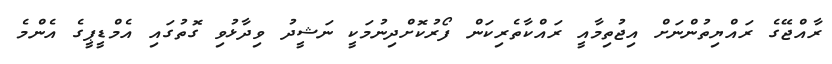
ރާއްޖޭގެ ރައްޔިތުންނަށް އިޖުތިމާއީ ރައްކާތެރިކަން ފޯރުކޮށްދިނުމަކީ ނަޝީދު ވިދާޅުވި ގޮތުގައި އެމްޑީޕީގެ އެންމެ